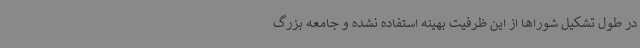
در طول تشکیل شوراها از این ظرفیت بهینه استفاده نشده و جامعه بزرگ